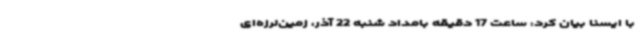
با ایسنا بیان کرد: ساعت 17 دقیقه بامداد شنبه 22 آذر، زمین‌لرزه‌ای